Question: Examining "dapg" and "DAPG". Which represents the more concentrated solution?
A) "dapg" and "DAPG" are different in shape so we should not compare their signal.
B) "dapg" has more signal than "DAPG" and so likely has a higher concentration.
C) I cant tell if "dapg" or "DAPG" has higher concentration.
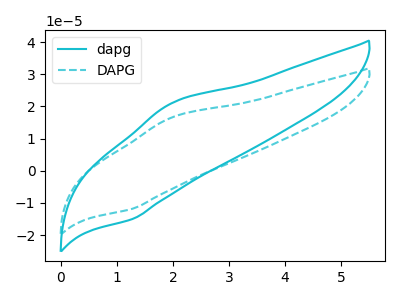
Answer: <think>The cyan curve "dapg" has an anodic peak at (1.95V, 20.95uA) and a cathodic peak at (1.30V, -15.00uA). The cyan dashed curve "DAPG" has an anodic peak at (1.95V, 16.50uA) and a cathodic peak at (1.30V, -11.80uA).
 All the peaks in "dapg" have a peak in "DAPG" at the same potential. Every peak in "dapg" is higher than every peak in "DAPG".</think>
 <answer>B) "dapg" has more signal than "DAPG" and so likely has a higher concentration.</answer>
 <eval>B</eval>